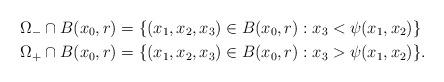
LaTeX: \begin{align*}\Omega_-\cap B(x_0,r)&=\{(x_1,x_2,x_3)\in B(x_0,r): x_3<\psi(x_1,x_2)\}\\ \Omega_+\cap B(x_0,r)&=\{(x_1,x_2,x_3)\in B(x_0,r): x_3>\psi(x_1,x_2)\}. \end{align*}